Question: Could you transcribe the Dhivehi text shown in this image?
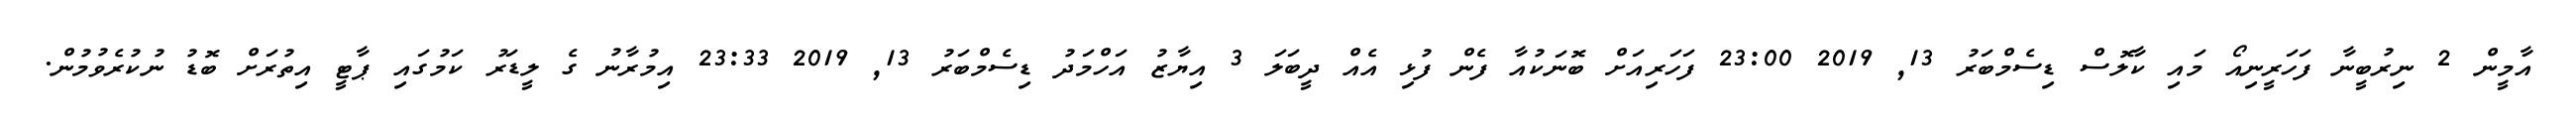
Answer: އާމީން 2 ނިރުބީނާ ފަހަރީނިއޯ މައި ކާލޮސް ޑިސެމްބަރު 13, 2019 23:00 ފަހަރިއަށް ބޮނަކުއާ ފެން ފުޅި އެއް ދީބަލަ 3 އިޔާޒު އަހްމަދު ޑިސެމްބަރު 13, 2019 23:33 އިމުރާނު ގެ ލީޑަރު ކަމުގައި ޕާޓީ އިތުރަށް ބޮޑު ނުކުރެވުމުން.